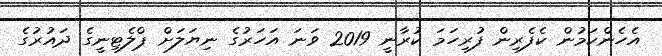
އެހެންކަމުން ކެފެރިން ފުރިހަމަ ކުރާނީ 2019 ވަނަ އަހަރުގެ ނިޔަލަށް ޕްލެޓިނީގެ ދައުރުގެ